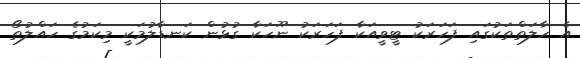
އެ ހާލަތްތަކުގައި ފަހަރަކު ޓީވީއަކާ ފަހަރަކު ނޫހަކާ ގުޅުން ކަނޑާލުމަކީ މިކަމުގެ ހައްލުތޯ